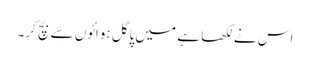
اس نے لکھا ہے میں پاگل ہوائوں سے بچ کر۔